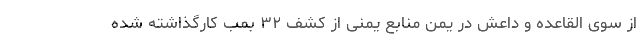
از سوی القاعده و داعش در یمن منابع یمنی از کشف ۳۲ بمب کارگذاشته شده